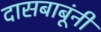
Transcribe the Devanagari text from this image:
दासबाबूंनी